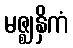
မဇ္ဈနှိကံ